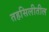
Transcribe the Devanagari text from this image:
तहसिलीतील